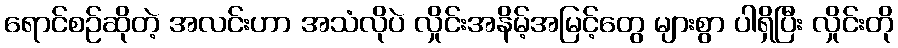
ရောင်စဉ်ဆိုတဲ့ အလင်းဟာ အသံလိုပဲ လှိုင်းအနိမ့်အမြင့်တွေ များစွာ ပါရှိပြီး လှိုင်းတို